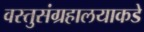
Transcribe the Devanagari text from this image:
वस्तुसंग्रहालयाकडे